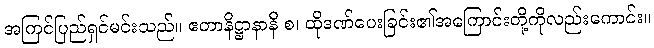
အကြင်ပြည်ရှင်မင်းသည်။ ဧတာနိဋ္ဌာနာနိ စ၊ ထိုဒဏ်ပေးခြင်း၏အကြောင်းတို့ကိုလည်းကောင်း။